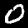
Digit: 0